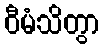
ဝီမံသိတွာ